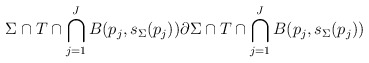
\begin{align*}\Sigma\cap T\cap \bigcap_{j=1}^J B(p_j,s_\Sigma(p_j)) \partial\Sigma\cap T\cap \bigcap_{j=1}^J B(p_j,s_\Sigma(p_j))\end{align*}